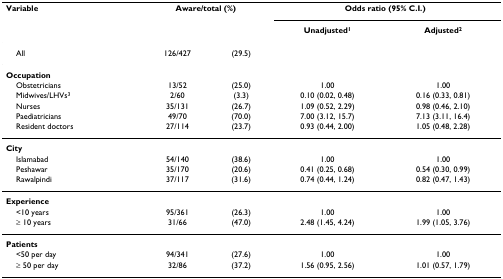
<table><thead><tr><td><b>Variable</b></td><td colspan="2"><b>Aware/total (%)</b></td><td colspan="2"><b>Odds ratio (95% C.I.)</b></td></tr><tr><td></td><td></td><td></td><td><b>Unadjusted<sup>1</sup></b></td><td><b>Adjusted<sup>2</sup></b></td></tr></thead><tbody><tr><td> All</td><td>126/427</td><td>(29.5)</td><td></td><td></td></tr><tr><td><b>Occupation</b></td><td></td><td></td><td></td><td></td></tr><tr><td> Obstetricians</td><td>13/52</td><td>(25.0)</td><td>1.00</td><td>1.00</td></tr><tr><td> Midwives/LHVs<sup>3</sup></td><td>2/60</td><td>(3.3)</td><td>0.10 (0.02, 0.48)</td><td>0.16 (0.33, 0.81)</td></tr><tr><td> Nurses</td><td>35/131</td><td>(26.7)</td><td>1.09 (0.52, 2.29)</td><td>0.98 (0.46, 2.10)</td></tr><tr><td> Paediatricians</td><td>49/70</td><td>(70.0)</td><td>7.00 (3.12, 15.7)</td><td>7.13 (3.11, 16.4)</td></tr><tr><td> Resident doctors</td><td>27/114</td><td>(23.7)</td><td>0.93 (0.44, 2.00)</td><td>1.05 (0.48, 2.28)</td></tr><tr><td><b>City</b></td><td></td><td></td><td></td><td></td></tr><tr><td> Islamabad</td><td>54/140</td><td>(38.6)</td><td>1.00</td><td>1.00</td></tr><tr><td> Peshawar</td><td>35/170</td><td>(20.6)</td><td>0.41 (0.25, 0.68)</td><td>0.54 (0.30, 0.99)</td></tr><tr><td> Rawalpindi</td><td>37/117</td><td>(31.6)</td><td>0.74 (0.44, 1.24)</td><td>0.82 (0.47, 1.43)</td></tr><tr><td><b>Experience</b></td><td></td><td></td><td></td><td></td></tr><tr><td> &lt;10 years</td><td>95/361</td><td>(26.3)</td><td>1.00</td><td>1.00</td></tr><tr><td> ≥ 10 years</td><td>31/66</td><td>(47.0)</td><td>2.48 (1.45, 4.24)</td><td>1.99 (1.05, 3.76)</td></tr><tr><td><b>Patients</b></td><td></td><td></td><td></td><td></td></tr><tr><td> &lt;50 per day</td><td>94/341</td><td>(27.6)</td><td>1.00</td><td>1.00</td></tr><tr><td> ≥ 50 per day</td><td>32/86</td><td>(37.2)</td><td>1.56 (0.95, 2.56)</td><td>1.01 (0.57, 1.79)</td></tr></tbody></table>